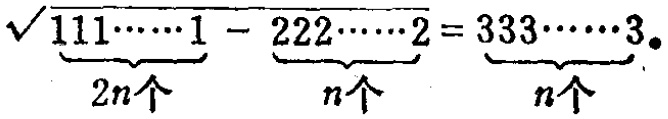
$\sqrt{\underbrace{111\cdots\cdots1}_{2n个}-\underbrace{222\cdots\cdots2}_{n个}}=\underbrace{333\cdots\cdots3}_{n个}$